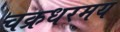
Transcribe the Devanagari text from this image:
चक्रधरमय